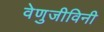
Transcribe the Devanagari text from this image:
वेणुजीविनी